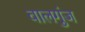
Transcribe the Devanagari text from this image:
वालगुंज